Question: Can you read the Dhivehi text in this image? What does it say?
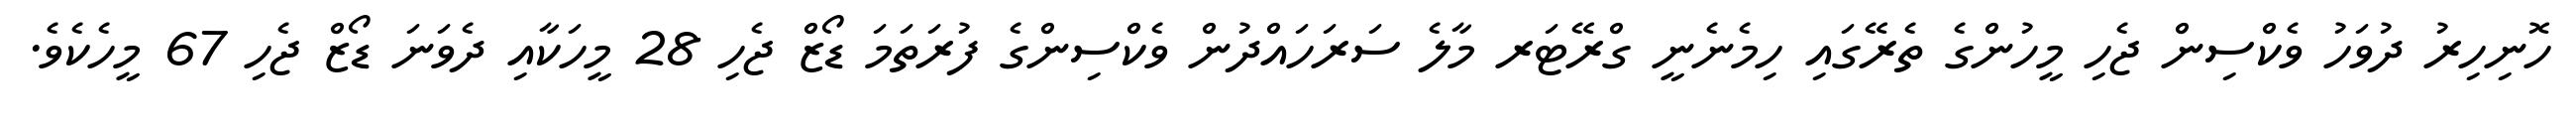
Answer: ހޮނިހިރު ދުވަހު ވެކްސިން ޖެހި މީހުންގެ ތެރޭގައި ހިމެނެނީ ގްރޭޓަރ މާލެ ސަރަހައްދުން ވެކްސިންގެ ފުރަތަމަ ޑޯޒް ޖެހި 28 މީހަކާއި ދެވަނަ ޑޯޒް ޖެހި 67 މީހެކެވެ.